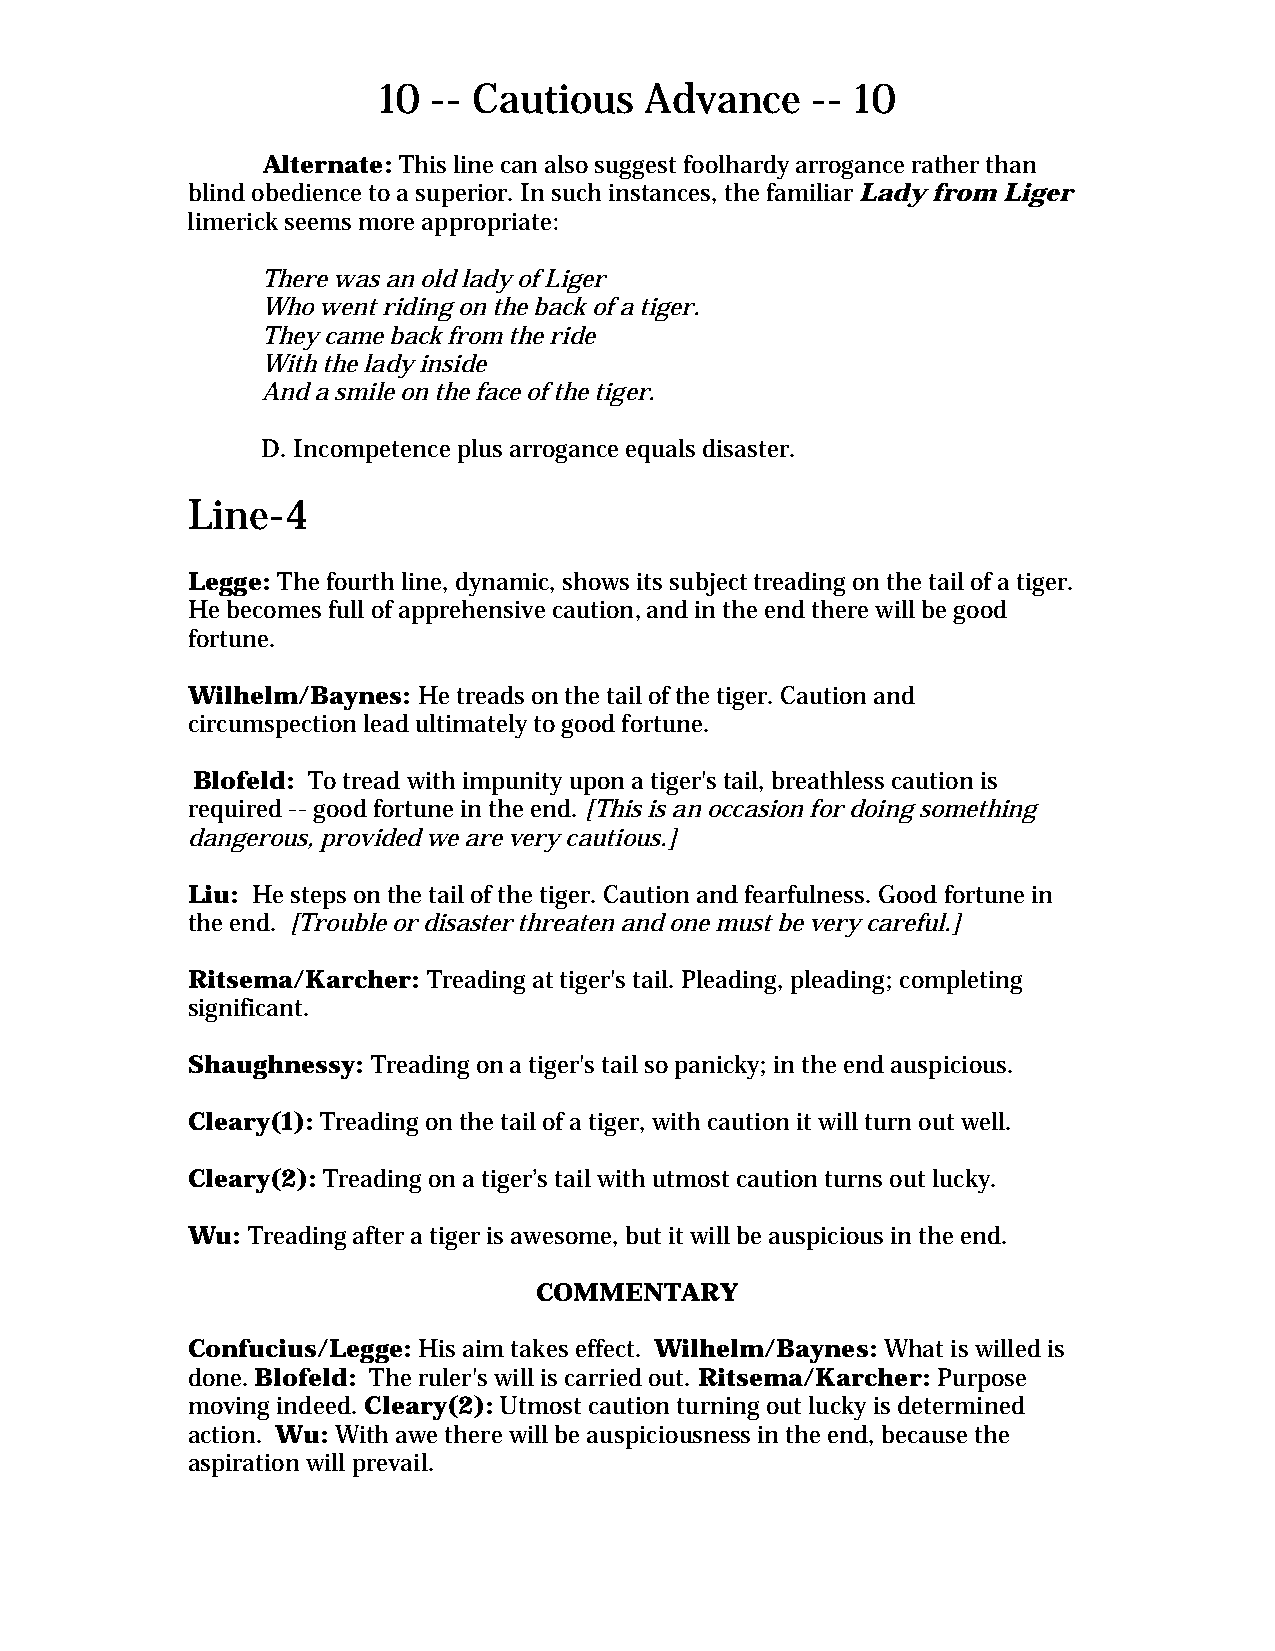
10  -- Cautious   Advance    -- 10
 Alternate: This line can also suggest foolhardy arrogance rather than
 blind obedience to a superior. In such instances, the familiar Lady from Liger
 limerick seems more appropriate:
 There was an old lady of Liger
 Who went riding on the back of a tiger.
 They came back from the ride
 With the lady inside
 And a smile on the face of the tiger.
 D. Incompetence plus arrogance equals disaster.
 Line-4
 Legge: The fourth line, dynamic, shows its subject treading on the tail of a tiger.
 He becomes full of apprehensive caution, and in the end there will be good
 fortune.
 Wilhelm/Baynes: He treads on the tail of the tiger. Caution and
 circumspection lead ultimately to good fortune.
 Blofeld: To tread with impunity upon a tiger's tail, breathless caution is
 required -- good fortune in the end. [This is an occasion for doing something
 dangerous, provided we are very cautious.]
 Liu: He steps on the tail of the tiger. Caution and fearfulness. Good fortune in
 the end. [Trouble or disaster threaten and one must be very careful.]
 Ritsema/Karcher: Treading at tiger's tail. Pleading, pleading; completing
 significant.
 Shaughnessy: Treading on a tiger's tail so panicky; in the end auspicious.
 Cleary(1): Treading on the tail of a tiger, with caution it will turn out well.
 Cleary(2): Treading on a tiger’s tail with utmost caution turns out lucky.
 Wu: Treading after a tiger is awesome, but it will be auspicious in the end.
 COMMENTARY
 Confucius/Legge: His aim takes effect. Wilhelm/Baynes: What is willed is
 done. Blofeld: The ruler's will is carried out. Ritsema/Karcher: Purpose
 moving indeed. Cleary(2): Utmost caution turning out lucky is determined
 action. Wu: With awe there will be auspiciousness in the end, because the
 aspiration will prevail.